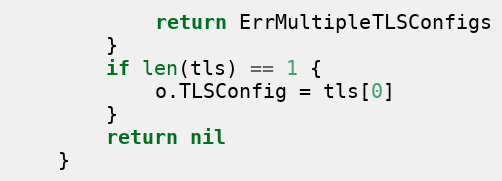
Language: Go
			return ErrMultipleTLSConfigs
		}
		if len(tls) == 1 {
			o.TLSConfig = tls[0]
		}
		return nil
	}